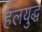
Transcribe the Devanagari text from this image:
हलयुद्ध